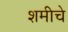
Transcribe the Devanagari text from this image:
शमीचे